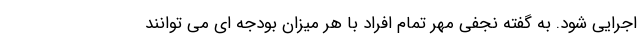
اجرایی شود. به گفته نجفی مهر تمام افراد با هر میزان بودجه ای می توانند